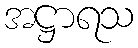
အဋ္ဌာရသ